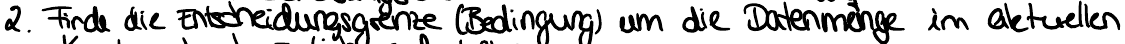
2. Finde die Entscheidungsgrenze (Bedingung) um die Datenmenge im aktuellen